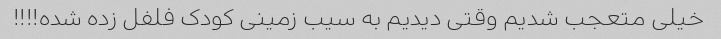
خیلى متعجب شدیم وقتى دیدیم به سیب زمینى کودک فلفل زده شده!!!!